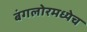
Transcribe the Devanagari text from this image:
बंगलोरमध्येच